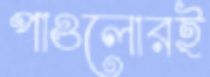
পাওলোরই